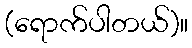
(ရောက်ပါတယ်)။